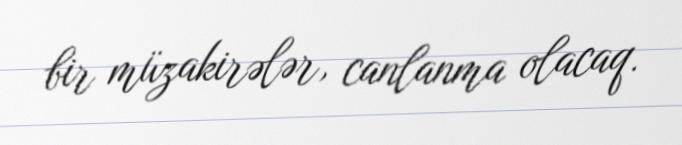
bir müzakirələr, canlanma olacaq.